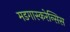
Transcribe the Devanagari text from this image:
मडगास्करेन्सिस